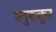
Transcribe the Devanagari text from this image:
मनुफक्तुर